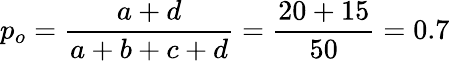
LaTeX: p_{o}={\frac{a+d}{a+b+c+d}}={\frac{20+15}{50}}=0.7